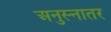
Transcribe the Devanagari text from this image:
अनुस्नातर